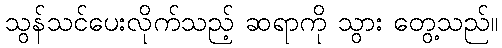
သွန်သင်ပေးလိုက်သည့် ဆရာကို သွား တွေ့သည်။